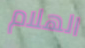
الهلام